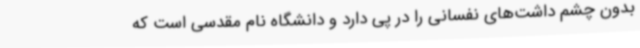
بدون چشم داشت‌های نفسانی را در پی دارد و دانشگاه نام مقدسی است که